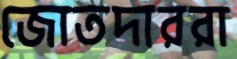
জোতদাররা